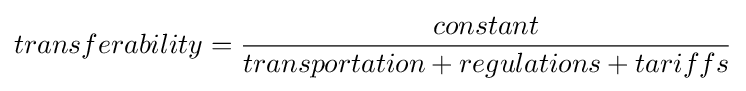
transferability={\frac {constant}{transportation+regulations+tariffs}}